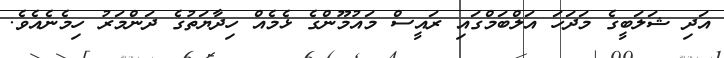
އަދި ޝަލަބީގެ މަދަހަ އަލްބަމްގައި ރައީސް މައުމޫންގެ ޅެމެއް ހިދާޔަތުގެ ދަންމަރު ހިމެނެއެވެ.